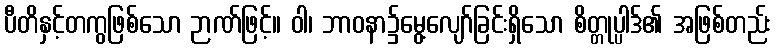
ပီတိနှင့်တကွဖြစ်သော ဉာဏ်ဖြင့်။ ဝါ၊ ဘာဝနာ၌မွေ့လျော်ခြင်းရှိသော စိတ္တုပ္ပါဒ်၏ အဖြစ်တည်း